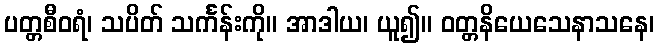
ပတ္တစီဝရံ၊ သပိတ် သင်္ကန်းကို။ အာဒါယ၊ ယူ၍။ ဝတ္တနိယေသေနာသနေ၊